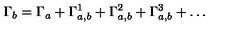
\Gamma _ { b } = \Gamma _ { a } + \Gamma _ { a , b } ^ { 1 } + \Gamma _ { a , b } ^ { 2 } + \Gamma _ { a , b } ^ { 3 } + \dots